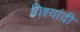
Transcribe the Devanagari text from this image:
विश्यांदी